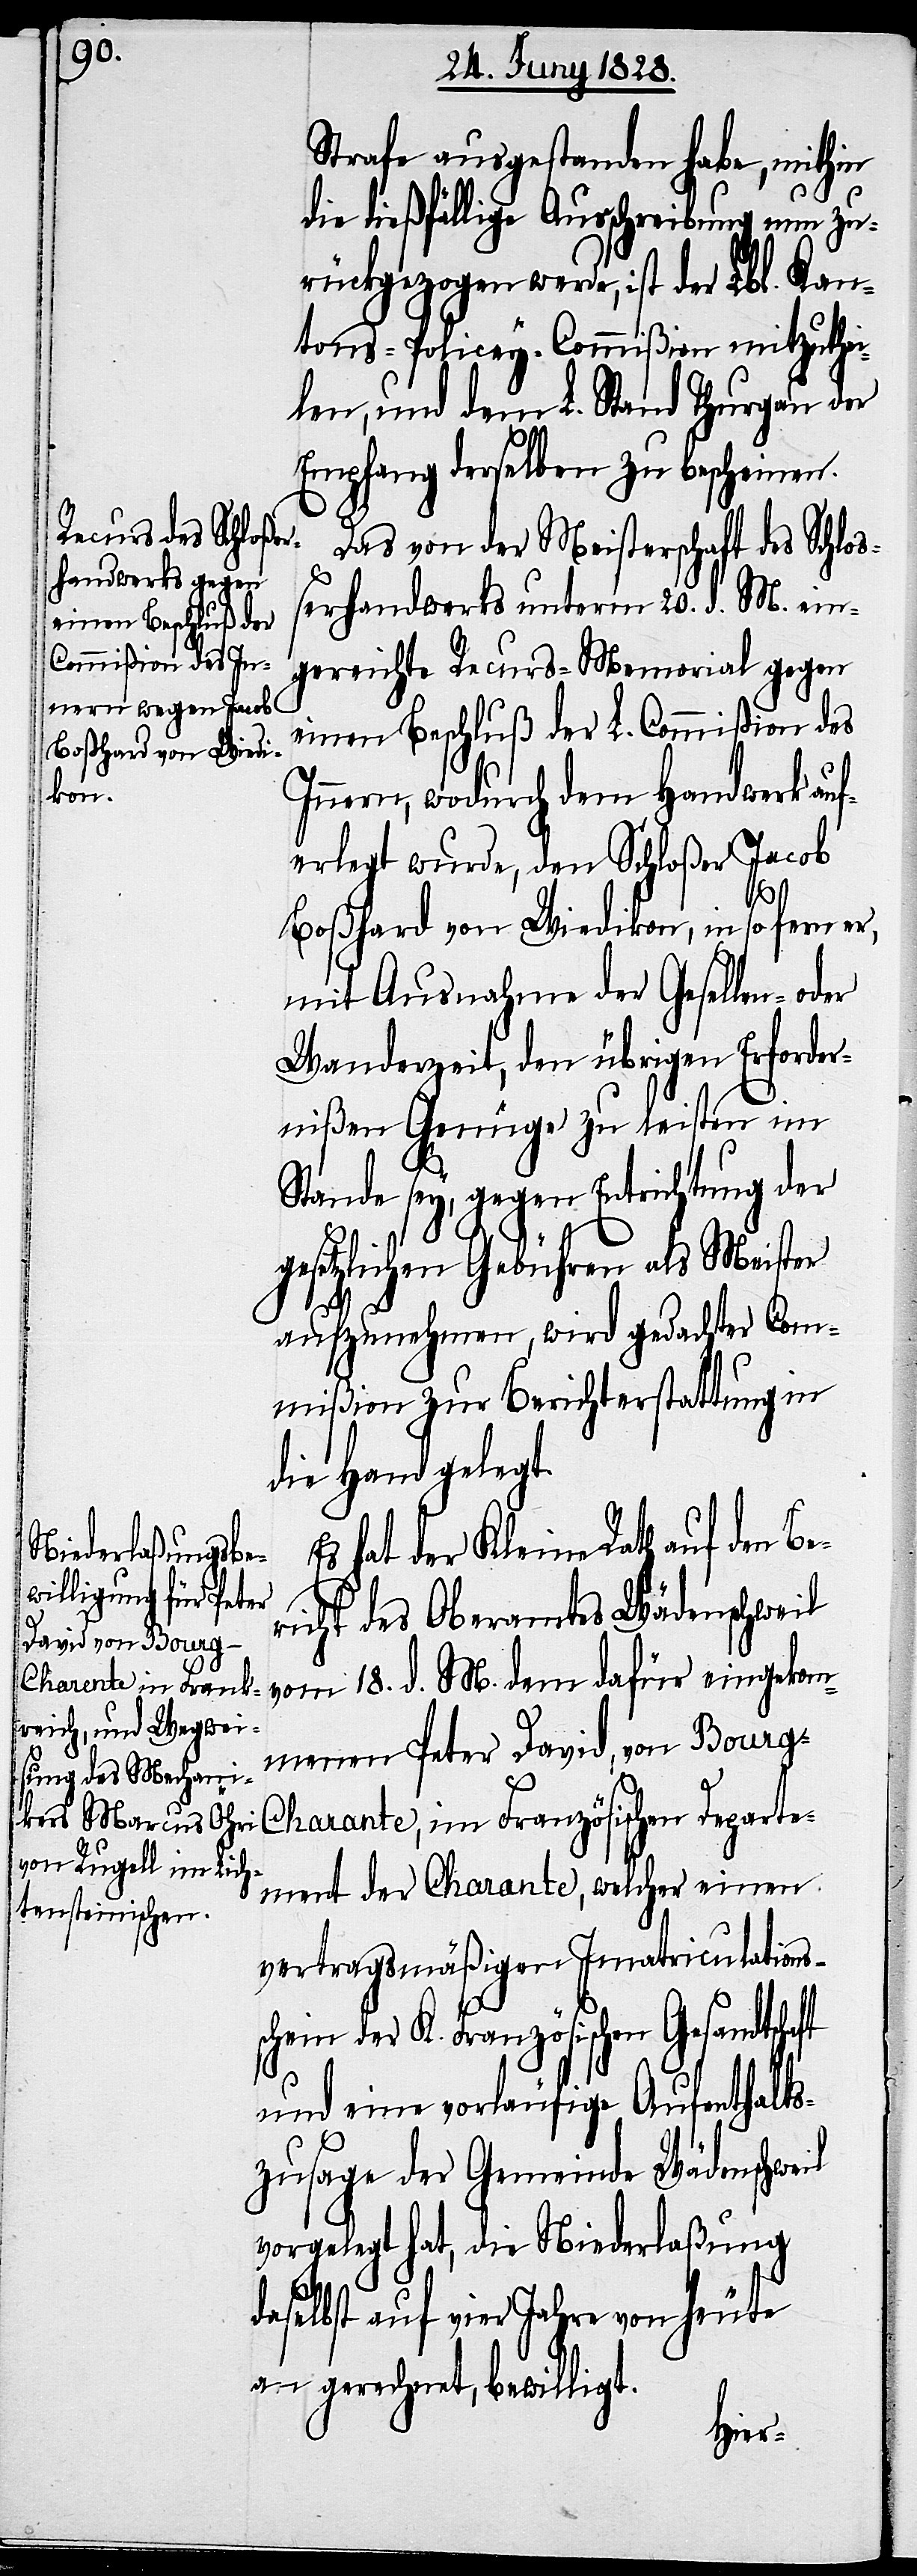
ft

Strafe ausgestanden habe, mithin
die dießfällige Ausschreibung nun zu¬
rückgezogen werde, ist der Lbl. Kan¬
tons-Policey-Commißion mitzuthei¬
len, und dem L. Stand Thurgau der
Empfang derselben zu bescheinen.
Das von der Meisterschaft des Schloß¬
erhandwerks unterm 20. d. M. ein¬
gereichte Recurs-Memorial gegen
einen Beschluß der L. Commißion des
Innern, wodurch dem Handwerk auf¬
erlegt wurde, den Schloßer Jacob
Boßhard von Wiedikon, in so fern er,
mit Ausnahme der Gesellen- oder
Wanderzeit, den übrigen Erforder¬
nißen Genüge zu leisten im
Stande sey, gegen Entrichtung der
gesetzlichen Gebühren als Meister
aufzunehmen, wird gedachter Com¬
mißion zur Berichterstattung in
die Hand gelegt.
Es hat der Kleine Rath auf den Be¬
richt des Oberamtes Wädenschweil
vom 18. d. M. dem dafür eingekom¬
menen Peter David, von Bourg-C¬
harante, im Französichen Departe¬
ment der Charante, welcher einen
Vertragsmäßigen Imatriculations¬
schein der K. Französischen Gesandtscha¬
und eine vorläufige Aufenthalts¬
zusage der Gemeinde Wädenschweil
vorgelegt hat, die Niederlaßung
daselbst auf vier Jahre von heute
an gerechnet, bewilligt.